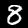
Label: 8